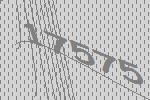
17575